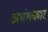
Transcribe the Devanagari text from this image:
अभंगकार